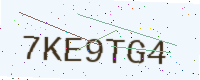
Text: 7KE9TG4